Vital statistics of India. Vol. VI, European troops 1870-79
Year: 1870
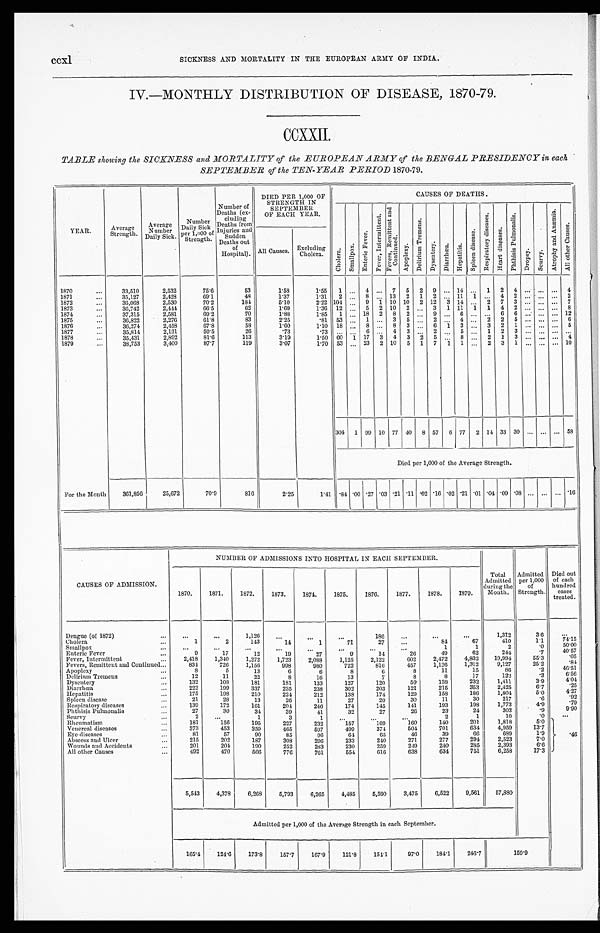
ccxl
SICKNESS AND MORTALITY IN THE EUROPEAN ARMY OF INDIA.
IV.—MONTHLY DISTRIBUTION OF DISEASE, 1870-79.
CCXXII.
TABLE showing the SICKNESS and MORTALITY of the EUROPEAN ARMY of the BENGAL PRESIDENCY in each
SEPTEMBER of the TEN-YEAR PERIOD 1870-79.
YEAR.
Average
Strength.
A v e r a g e
N u m b e rD
a il
y
S i c k .
Number
Daily Sick
per 1,000 of
Strength.
Number of
Deaths (ex-
cluding
Deaths from
Injuries
sudden
Deaths out
of
Hospital).
DIED PER 1,000 OF
STRENGTH IN
SEPTEMBER
OF EACH YEAR.
CAUSES OF DEATHS .
C h o l e r a .
S m a l l p o x .
En t e r i c F e v e r .
F e v e r , I n t e r m i t t e n t .
F e v e r , R e m i t t e n t a n d
C o n t i n u e d .
A p o p l e x y .
D e l i r i u m T r e m e n s .
D y s e n t e r y .
D i a r r h œ a .
H e p a t i t i s .
S p l e e n d i s e a s e .
R e s p i r a t o r y d i s e a s e s .
H e a r t d i s e a s e .
P h t h i s i s P u l m o n a l i s .
D r o p s y .
S c u r v y .
A t r o p h y a n d A n æ m i a .
A l l o t h e r C a u s e s .
All Causes.
Excluding
Cholera.
1870
..
33,510
2,532
75.6
53
1.58
1.55
1
. . .
4 ...
7
5
2
9 ... 14
.
..
1
2
4
. . .
. . . 4
1871
...
35,127
2,428
69.1
48
1.87
1.31
2
_...
...
8 ...
.
13
2
1
2 ... 11
1 ...
4
2 ... ... ...
2
1872
...
36.068
2,530
70.2
184
5.10
2.22 104
...
9
1 10 10
2 12
3 14
. . . 2
7
3
. . . . .
. . . 7
1873
...
36,742
2,444
66.5
62
1.69
1.36
12
...
5
2 10
2
...
3
1 11
1
1
4
2
...
...
...
...
...
...
8
1874
...
37,315
2,581
69.2
70
1.88
1.85
1
...
... 18
2
8
2
...
...
9 ...
6 ...
. . .
6
6 ... ... ... 12
1875
...
36,822
2,276
61.8
83
2.25
.81
53 ...
1 ...
3
5 ...
2 . . . . . 4
. . .2
2
5 ... ... ...
6
1876
...
36,274
2,458
67.8
58
1.60
1.10
18
...
8 ...
8
3
...
6
1
3 ...
3
2
1 ... ... ...
5
1877
...
35,814
2,131
59.5
26
.73
.73
...
...
...
6 ...
4
3
...
. .
2 ...
5 ...
1
2
3 ... ... ...
...
1878
...
35,431
2,892
81.6
113
3.19
1.50
60
1 17
3
4
3
.2
5
. . . 8
. . . 2
1
3 ...
...
4
1879
...
38,753
3,400
87.7
119
3.07
1.70
53 ... 23
2 10
5
1
7
..
. 1
1
...
...
2
3
1
...
...
... ... 10
304
1 99 10 77 40
8 57
6 77
2 14 33 30 ...
... ... 58
Died per 1,000 of the Average Strength.
For the Month
361,856
25,672
70.9
816
2.25
1.41 .84
.00 .27 .03 .21 .11
.02 .16 .02 .21 .01
.04
.09 .08 ...
...
...
.16
CAUSES OF ADMISSION .
NUMBER OF ADMISSIONS INTO HOSPITAL IN EACH SEPTEMBER.
1870.
1871.
1872.
1873.
1874.
1875.
1876.
1877.
1878.
1879.
Total
Admitted
during the
Month.
Admitted
per 1,000
of
Strength.
Died out
of each
hundred
cases
treated.
Dengue (of 1872)
...
...
...
1,126
. . .
. . .
. . .
186
. . .
. . .
. . .
1,372
3.6
...
Cholera
...
1
2
143
14
...
71
27
...
8 4
67
410
1.1
74.15
Smallpox
. . .
...
...
...
...
1
. . .
. . .
...
1
1
2
.0
50.00
Enteric Fever
...
9
17
12
19
27
9
1 4
26
49
62
244
.7
40.57
Fever, Intermittent
...
2,418
1,340
1,272
1,723
2,088
1,125
2,122
602
2,472
4,832
19,994
55.3
.05
Fevers, Remittent and Continued...
834
726
1,156
998
980
722
816
457
1,126
1,312
9,127
25'.2
.84
Apoplexy
...
8
5
13
6
6
8
6
8
11
15
86
.2
46.51
Delirium Tremens...
1 2
11
22
8
16
13
7
8
8
17
122
.3
6.56
Dysentery
...
132
108
181
181
133
127
120
59
138
232
1,411
3.9
4.01
Diarrhœa
...
222
199
337
235
238
302
203
121
215
353
2,425
6.7
.25
Hepatitis
...
175
198
210
224
212
138
174
129
158
186
1,804
5.0
4.27
Spleen disease
...
21
28
13
26
11
27
20
30
11
30
217
.6
.92
Respiratory diseases
...
139
172
161
204
246
174
145
141
193
198
1,773
4.9
.79
Phthisis Pulmonalis
•...
27
30
34
39
41
32
27
26
23
24
303
.9
9.90
Scurvy
. . .
2
...
1
3
1
. . .
. . .
. . .
2
1
10
. 0
. . .
Rheumatism
,..
181
156
195
227
232
157
169
160
140
201
1,818
5.0
Venereal diseases
.,.
373
453
359
465
597
499
374
504
701
634
4,959
13.7
Eye diseases
81
57
90
85
96
64
65
46
39
66
689
1.9
.46
Abscess and Ulcer
...
215
202
187
308
296
233
240
271
277
294
2,523
7.0
Wounds and Accidents
201
204
190
252
233
230
259
249
240
285
2,393
6.6
...
All other Causes
...
492
470
566
776
761
554
616
638
634
751
6,258
17.3
5,543
4,378
6,268
5,793
6,265
4,485
5,590
3,475
6,522
9,561
57,880
Admitted per 1,000 of the Average Strength in each September.
165.4
124.6
173.8
157.7
167.9
121.8
151.1
97.0
184.1
216.7
159.9